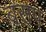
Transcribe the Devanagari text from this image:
बसप